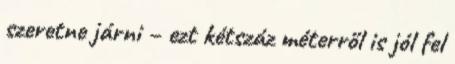
szeretne járni – ezt kétszáz méterről is jól fel